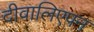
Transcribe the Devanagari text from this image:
दीवालिएपन